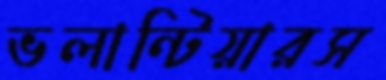
ভলান্টিয়ারস